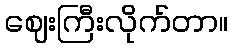
ဈေးကြီးလိုက်တာ။